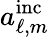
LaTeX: a_{\ell,m}^{\mathrm{inc}}